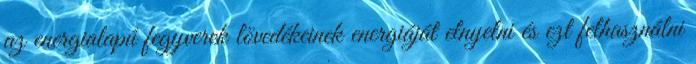
az energialapú fegyverek lövedékeinek energiáját elnyelni és ezt felhasználni